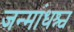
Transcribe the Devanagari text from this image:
जन्मांधश्च